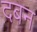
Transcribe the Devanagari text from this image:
दबन